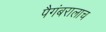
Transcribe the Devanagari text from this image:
पैगंबरालाच